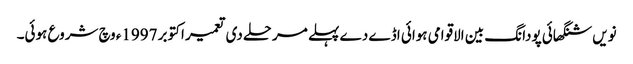
نویں شنگھائی پودانگ بین الاقوامی ہوائی اڈے دے پہلے مرحلے د‏‏ی تعمیر اکتوبر 1997ء وچ شروع ہوئی۔